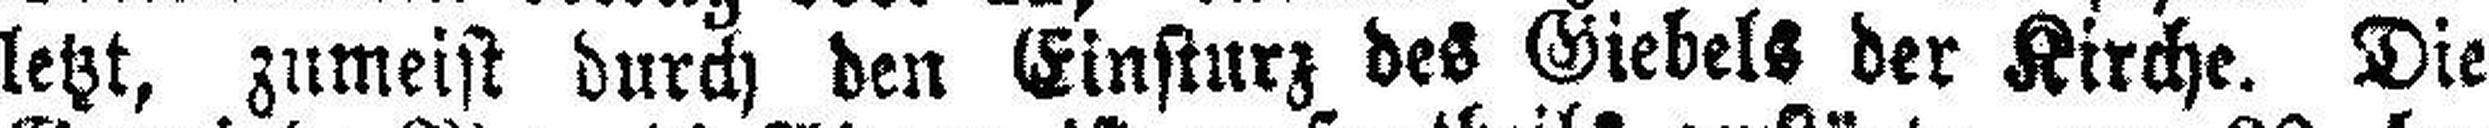
letzt, zumeist durch den Einsturz des Giebels der Kirche. Die